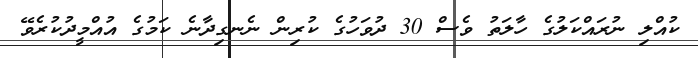
ކުއްލި ނުރައްކަލުގެ ހާލަތު ވެސް 30 ދުވަހުގެ ކުރިން ނެނގިދާނެ ކަމުގެ އުއްމީދުކުރެވޭ